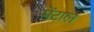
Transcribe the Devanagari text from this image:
मेंटाल